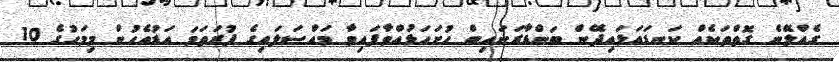
ގެއްލޭނެ ގޮތްތަކެއް ކަނޑައަޅައިދޭން ބަންޑާރަނައިބް ހުށަހަޅުއްވާފައިވާ މައްސަލައިގެ ފުރަތަމަ އަޑުއެހުން މިމަހުގެ 10